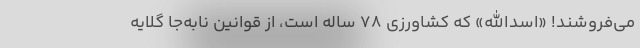
می‌فروشند! «اسدالله» که کشاورزی ۷۸ ساله است، از قوانین نابه‌جا گلایه